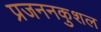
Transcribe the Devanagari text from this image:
प्रजननकुशल